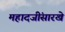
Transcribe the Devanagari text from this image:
महादजींसारखे